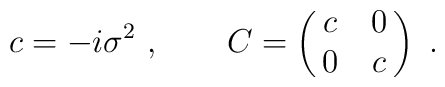
c = -i\sigma^2 \ , \qquad   C = \pmatrix{ c & 0 \cr 0 & c \cr}\ .